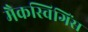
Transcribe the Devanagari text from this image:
मैकस्विगिंस